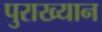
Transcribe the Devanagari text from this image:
पुराख्यान